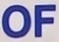
OF